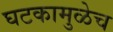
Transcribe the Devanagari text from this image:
घटकामुळेच